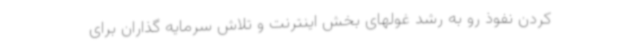
کردن نفوذ رو به رشد غولهای بخش اینترنت و تلاش سرمایه گذاران برای